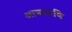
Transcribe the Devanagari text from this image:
आक्रायणि